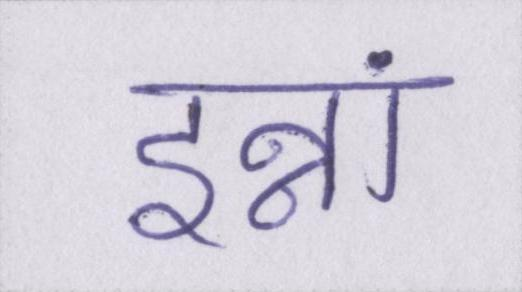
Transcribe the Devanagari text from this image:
इन्नां